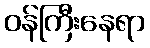
ဝန်ကြီးနေရာ